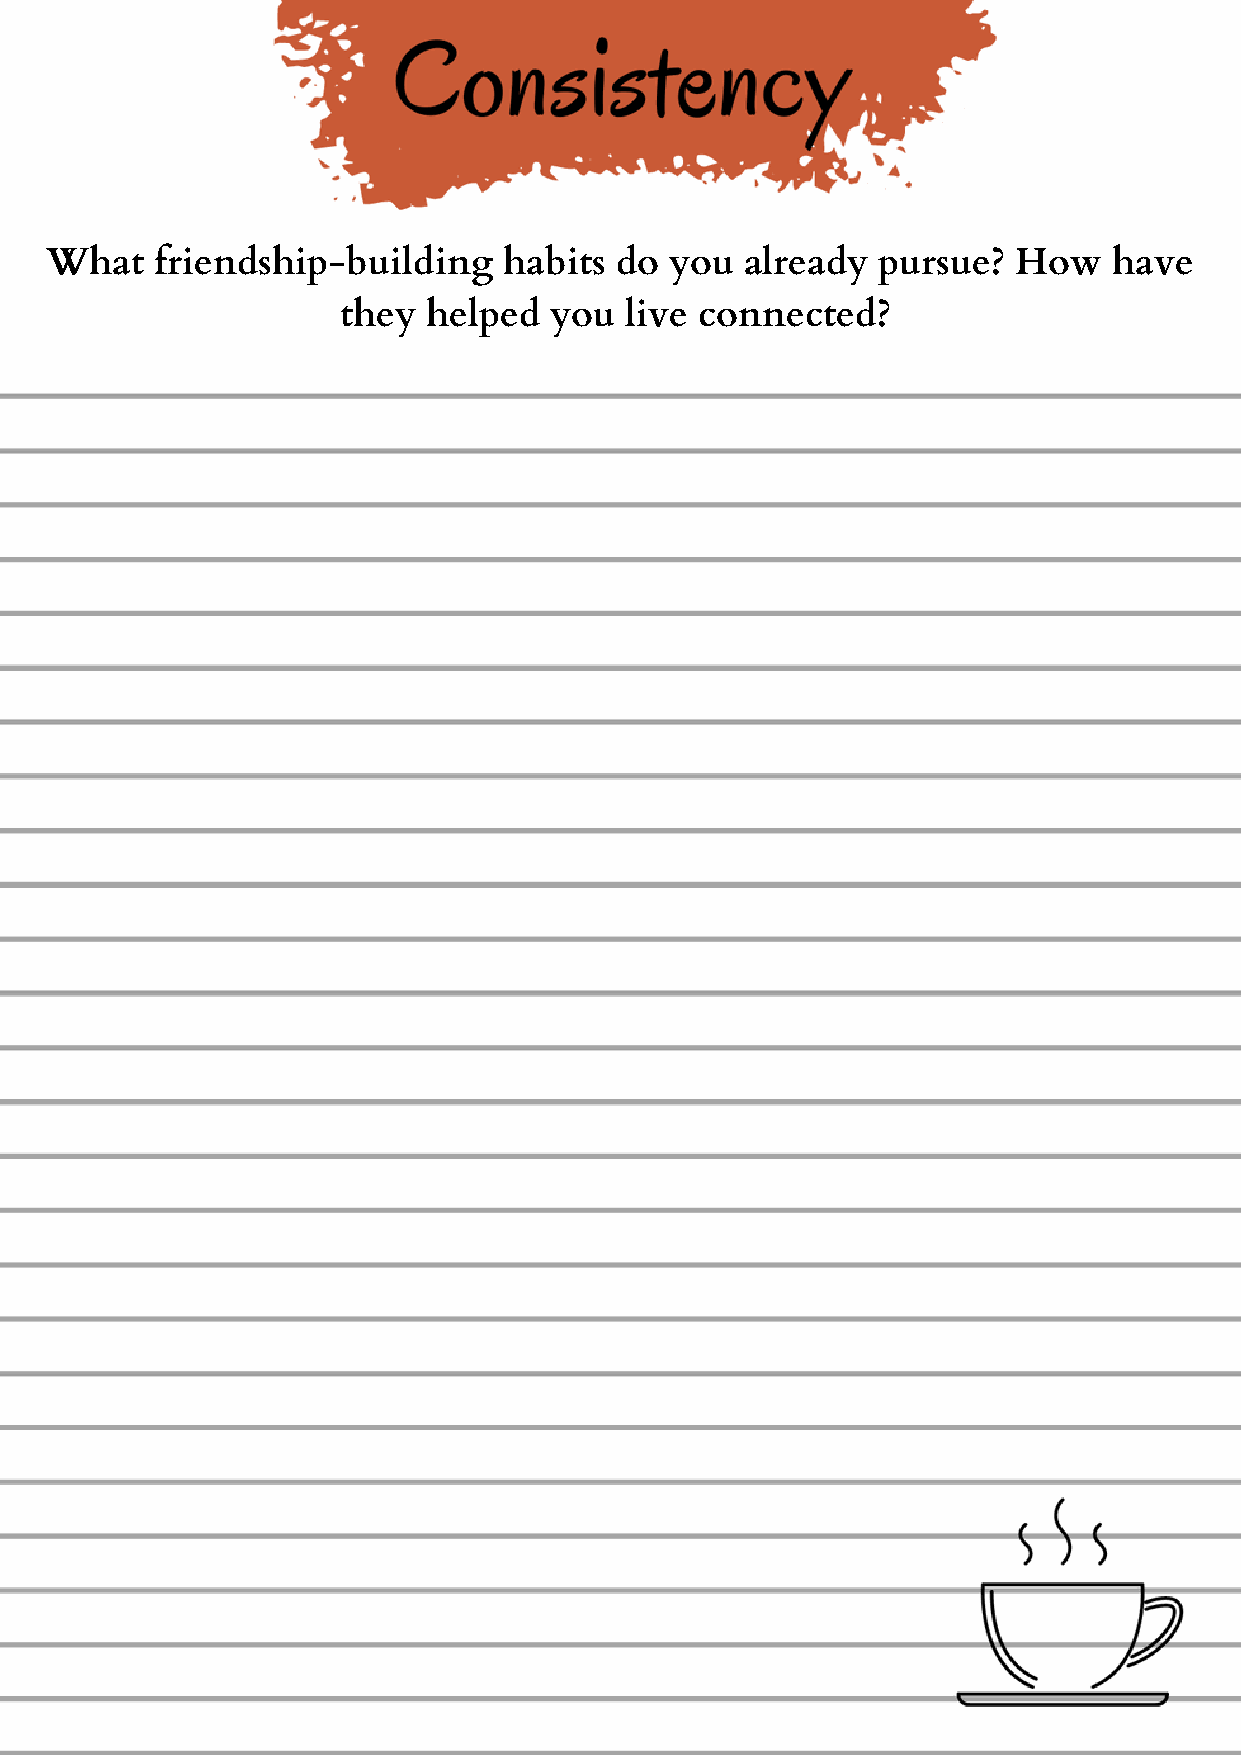
What   friendship-building    habits  do you  already  pursue?  How    have
 they helped  you  live connected?